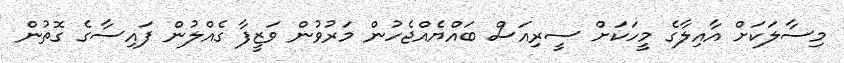
މިސާލަކަށް އާއިލާގެ މީހަކަށް ސީރިއަސް ބައްޔެއްޖެހުން މަރުވުން ވަޒީފާ ގެއްލުން ފައިސާގެ ގޮތުން